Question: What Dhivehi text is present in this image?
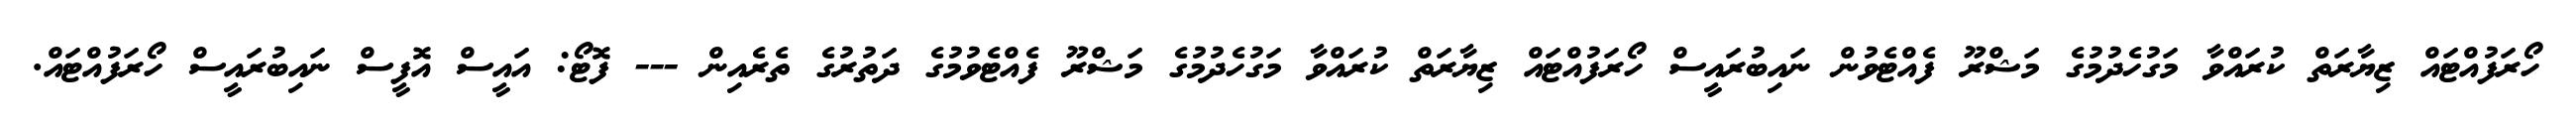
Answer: ހޯރަފުއްޓައް ޒިޔާރަތް ކުރައްވާ މަގުހެދުމުގެ މަޝްރޫ ފެއްޓެވުން ނައިބުރައީސް ހޯރަފުއްޓައް ޒިޔާރަތް ކުރައްވާ މަގުހެދުމުގެ މަޝްރޫ ފެއްޓެވުމުގެ ދަތުރުގެ ތެރެއިން --- ފޮޓޯ: އައީސް އޮފީސް ނައިބުރައީސް ހޯރަފުއްޓައް.